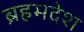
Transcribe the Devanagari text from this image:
ब्रहमदेश